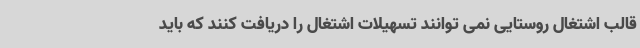
قالب اشتغال روستایی نمی توانند تسهیلات اشتغال را دریافت کنند که باید